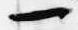
一